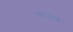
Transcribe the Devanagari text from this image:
परदान